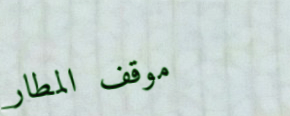
موقف المطار